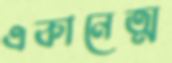
একানেত্ম